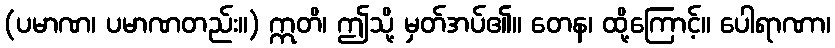
(ပမာဏ၊ ပမာဏတည်း။) ဣတိ၊ ဤသို့ မှတ်အပ်၏။ တေန၊ ထို့ကြောင့်။ ပေါရာဏာ၊